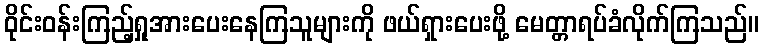
ဝိုင်းဝန်းကြည့်ရှုအားပေးနေကြသူများကို ဖယ်ရှားပေးဖို့ မေတ္တာရပ်ခံလိုက်ကြသည်။